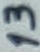
Text: 13